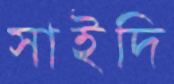
সাইদি